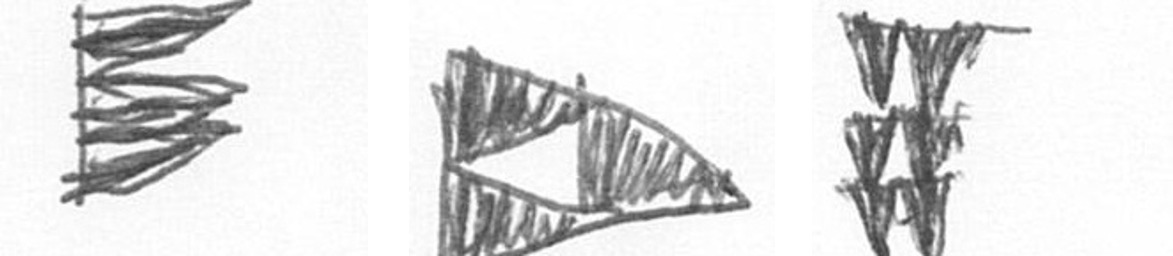
H K Y